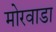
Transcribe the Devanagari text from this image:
मोरवाडा